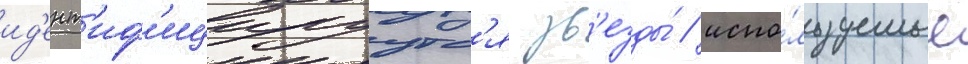
ид'ент'иф'ицируутс'я зв'езды́ / испо́льзуемые